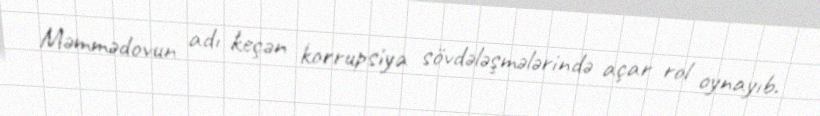
Məmmədovun adı keçən korrupsiya sövdələşmələrində açar rol oynayıb.